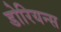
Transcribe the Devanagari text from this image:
डोरियन्स